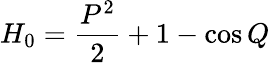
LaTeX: H_{0}=\frac{P^{2}}{2}+1-\cos Q